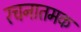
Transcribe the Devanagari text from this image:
रचनातमक